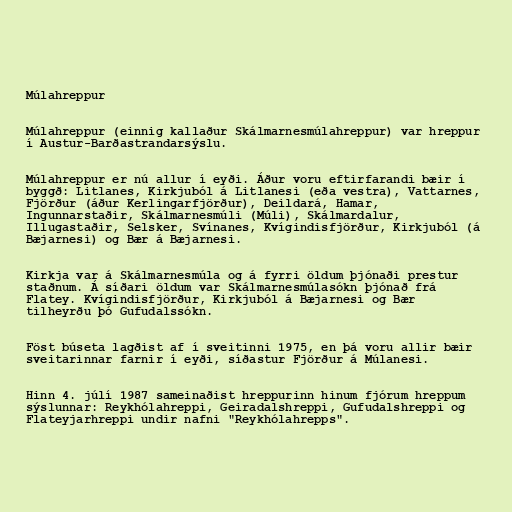
Múlahreppur

Múlahreppur (einnig kallaður Skálmarnesmúlahreppur) var hreppur
í Austur-Barðastrandarsýslu.

Múlahreppur er nú allur í eyði. Áður voru eftirfarandi bæir í
byggð: Litlanes, Kirkjuból á Litlanesi (eða vestra), Vattarnes,
Fjörður (áður Kerlingarfjörður), Deildará, Hamar,
Ingunnarstaðir, Skálmarnesmúli (Múli), Skálmardalur,
Illugastaðir, Selsker, Svínanes, Kvígindisfjörður, Kirkjuból (á
Bæjarnesi) og Bær á Bæjarnesi.

Kirkja var á Skálmarnesmúla og á fyrri öldum þjónaði prestur
staðnum. Á síðari öldum var Skálmarnesmúlasókn þjónað frá
Flatey. Kvígindisfjörður, Kirkjuból á Bæjarnesi og Bær
tilheyrðu þó Gufudalssókn.

Föst búseta lagðist af í sveitinni 1975, en þá voru allir bæir
sveitarinnar farnir í eyði, síðastur Fjörður á Múlanesi.

Hinn 4. júlí 1987 sameinaðist hreppurinn hinum fjórum hreppum
sýslunnar: Reykhólahreppi, Geiradalshreppi, Gufudalshreppi og
Flateyjarhreppi undir nafni "Reykhólahrepps".